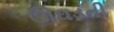
ઊઘડતી